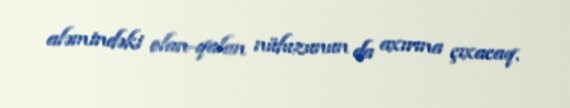
aləmindəki olan-qalan nüfuzunun da axırına çıxacaq.